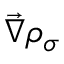
\vec { \nabla } \rho _ { \sigma }